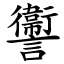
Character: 讏